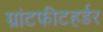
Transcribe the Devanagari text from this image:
ग्रांटफीटहर्डर